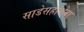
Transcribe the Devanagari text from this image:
साडेसहाशेवा